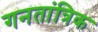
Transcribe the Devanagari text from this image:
गनतांत्रिक